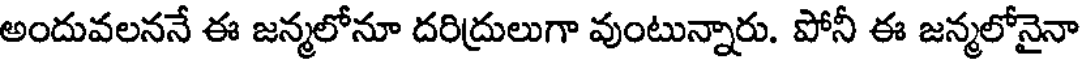
అందువలననే ఈ జన్మలోనూ దరిద్రులుగా వుంటున్నారు. పోనీ ఈ జన్మలోనైనా